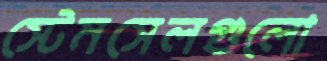
স্টেমসেলগুলো